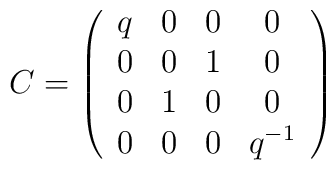
C=\left(\begin{array}{cccc} q & 0 & 0 & 0 \\ 0 & 0 & 1 & 0 \\0 & 1 & 0 & 0 \\0 & 0 & 0 & q^{-1} \end{array}\right) \nonumber